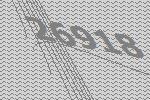
26918